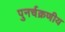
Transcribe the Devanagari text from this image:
पुनर्चक्रणीय